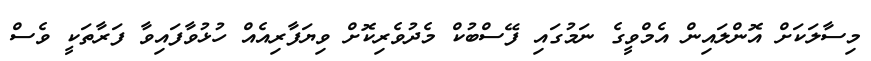
މިސާލަކަށް އޮންލައިން އެމްވީގެ ނަމުގައި ފޭސްބުކް މެދުވެރިކޮށް ވިޔަފާރިއެއް ހުޅުވާފައިވާ ފަރާތަކީ ވެސް